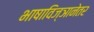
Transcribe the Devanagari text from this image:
भाषाविज्ञानेतर